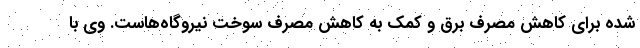
شده برای کاهش مصرف برق و کمک به کاهش مصرف سوخت نیروگاه‌هاست. وی با